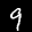
Label: 9